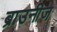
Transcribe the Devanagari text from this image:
ब्राउनीज